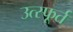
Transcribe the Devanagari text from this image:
उत्‍स्फूर्त